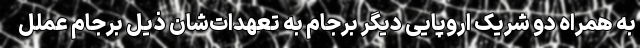
به همراه دو شریک اروپایی دیگر برجام به تعهدات‌شان ذیل برجام عملل